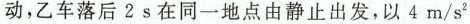
动，乙车落后2s在同一地点由静止出发，以4m/s^{2}